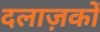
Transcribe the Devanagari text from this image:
दलाज़कों